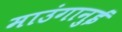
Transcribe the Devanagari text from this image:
माउंगानुई